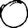
Digit: 0